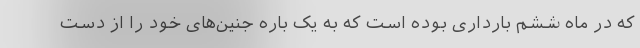
که در ماه ششم بارداری بوده است که به یک باره جنین‌های خود را از دست